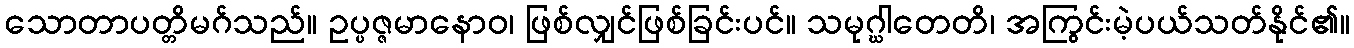
သောတာပတ္တိမဂ်သည်။ ဥပ္ပဇ္ဇမာနောဝ၊ ဖြစ်လျှင်ဖြစ်ခြင်းပင်။ သမုဂ္ဃါတေတိ၊ အကြွင်းမဲ့ပယ်သတ်နိုင်၏။